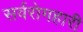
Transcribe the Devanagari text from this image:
सर्वरोगहारी